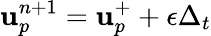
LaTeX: \mathbf{u}_{p}^{n+1}=\mathbf{u}_{p}^{+}+\mathbf{\epsilon}\Delta_{t}